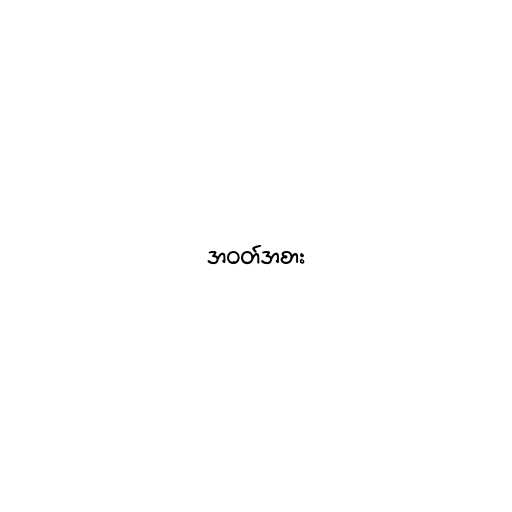
အဝတ်အစား